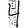
Digit: 4